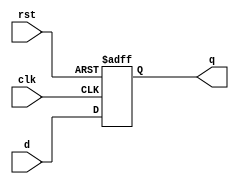
module designn (
    clk,d,rst,q
);
    input clk,d,rst;
    output reg q;
/*
    in case of asynchronous 
    circuit reset signal will 
    have effect  when there
     is positive triggered in the
      reset signal independent of
      global clock signal.
    */
    always @(posedge clk,posedge rst) begin
        if (rst) 
            q <=1'd0;
        else
            q<=d;
    end
endmodule